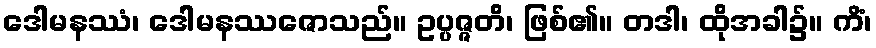
ဒေါမနဿံ၊ ဒေါမနဿဇောသည်။ ဥပ္ပဇ္ဇတိ၊ ဖြစ်၏။ တဒါ၊ ထိုအခါ၌။ ကိံ၊